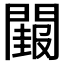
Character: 𮤝